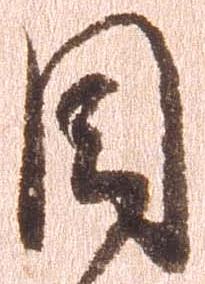
目